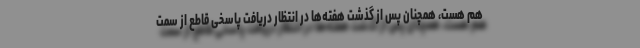
هم هست، همچنان پس از گذشت هفته‌ها در انتظار دریافت پاسخی قاطع از سمت